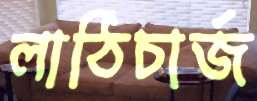
লাঠিচার্জ